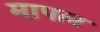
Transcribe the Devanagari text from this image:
मापल